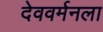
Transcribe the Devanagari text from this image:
देववर्मनला